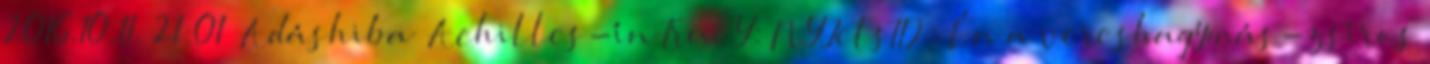
2016.10.11. 21:01 Adáshiba Achilles-ín TrueY: NYJetsTD: Én a vereshagymás-zsíros